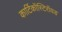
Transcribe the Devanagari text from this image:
कार्टिकॉस्टिरॉयड